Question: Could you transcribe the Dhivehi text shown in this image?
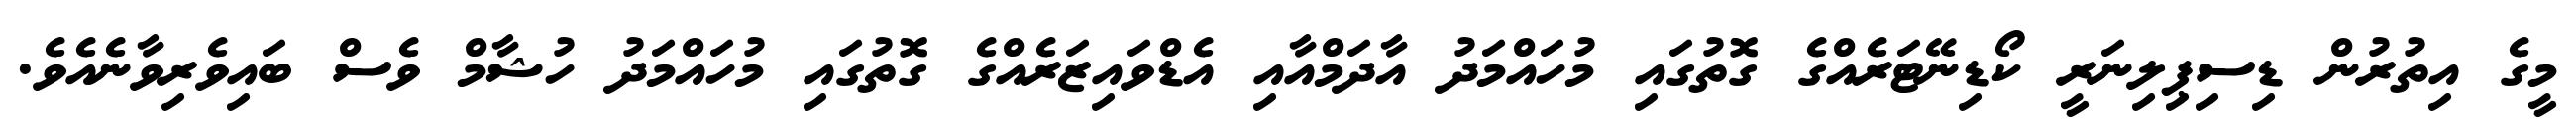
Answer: މީގެ އިތުރުން ޑިސިޕިލިނަރީ ކޯޑިނޭޓަރެއްގެ ގޮތުގައި މުހައްމަދު އާދަމްއާއި އެޑްވައިޒަރެއްގެ ގޮތުގައި މުހައްމަދު ހުޝާމް ވެސް ބައިވެރިވާނެއެވެ.